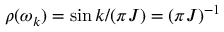
\rho ( \omega _ { k } ) = \sin { k } / ( \pi J ) = ( \pi J ) ^ { - 1 }